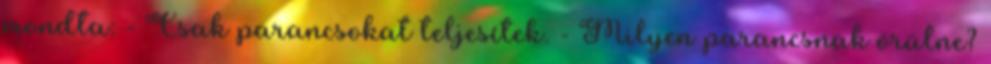
mondta: - Csak parancsokat teljesítek. - Milyen parancsnak örülne?